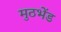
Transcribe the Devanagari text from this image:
मुठभेंड